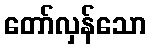
တော်လှန်သော